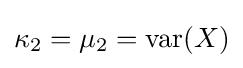
{\textstyle \kappa _{2}=\mu _{2}=\operatorname {var} (X)}